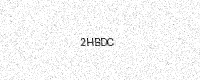
Text: 2HBDC